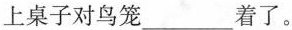
上桌子对鸟笼___着了。